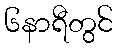
၆နာရီတွင်